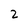
Character: 2